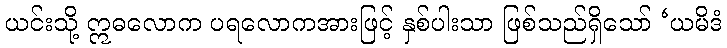
ယင်းသို့ ဣဓလောက ပရလောကအားဖြင့် နှစ်ပါးသာ ဖြစ်သည်ရှိသော် ‘ယမိဒံ